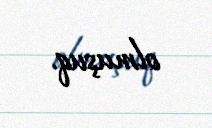
olmuşuq.